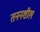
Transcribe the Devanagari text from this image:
तननशील